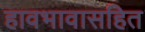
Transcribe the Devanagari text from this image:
हावभावासहित